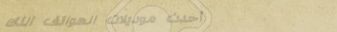
أحدث موديلات الهواتف الذك